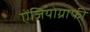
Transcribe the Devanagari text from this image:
ऐंजियोग्राफी